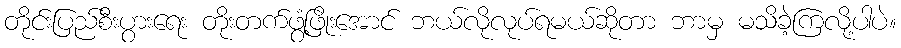
တိုင်းပြည်စီးပွားရေး တိုးတက်ဖွံ့ဖြိုးအောင် ဘယ်လိုလုပ်ရမယ်ဆိုတာ ဘာမှ မသိခဲ့ကြလို့ပါပဲ။